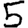
Digit: 5